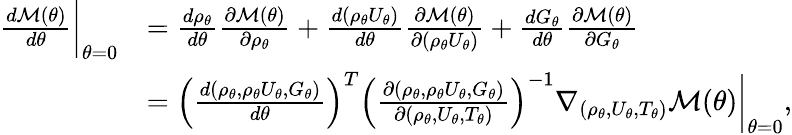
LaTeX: \begin{array}{rl}{\frac{d\mathcal{M}(\theta)}{d\theta}\bigg|_{\theta=0}}&{=\frac{d\rho_{\theta}}{d\theta}\frac{\partial\mathcal{M}(\theta)}{\partial\rho_{\theta}}+\frac{d(\rho_{\theta}U_{\theta})}{d\theta}\frac{\partial\mathcal{M}(\theta)}{\partial(\rho_{\theta}U_{\theta})}+\frac{dG_{\theta}}{d\theta}\frac{\partial\mathcal{M}(\theta)}{\partial G_{\theta}}}\\ &{=\left(\frac{d(\rho_{\theta},\rho_{\theta}U_{\theta},G_{\theta})}{d\theta}\right)^{T}\left(\frac{\partial(\rho_{\theta},\rho_{\theta}U_{\theta},G_{\theta})}{\partial(\rho_{\theta},U_{\theta},T_{\theta})}\right)^{-1}\nabla_{(\rho_{\theta},U_{\theta},T_{\theta})}\mathcal{M}(\theta)\bigg|_{\theta=0},}\end{array}